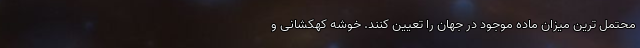
محتمل ترین میزان ماده موجود در جهان را تعیین کنند. خوشه کهکشانی و